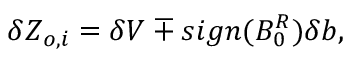
\delta \boldsymbol { Z } _ { o , i } = \delta \boldsymbol { V } \mp s i g n ( B _ { 0 } ^ { R } ) \delta \boldsymbol { b } ,